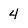
Character: 4